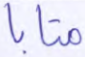
متابا